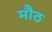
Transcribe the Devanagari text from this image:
मौठ